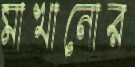
মাখানোর